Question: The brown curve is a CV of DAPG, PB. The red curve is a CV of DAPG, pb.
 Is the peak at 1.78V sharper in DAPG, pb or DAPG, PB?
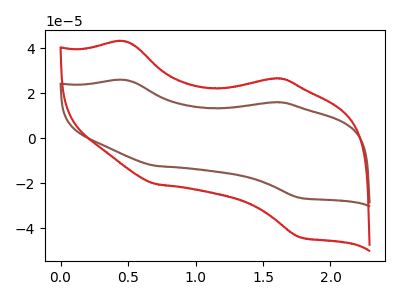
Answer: <think>The brown curve "DAPG, PB" has anodic peaks at (0.50V, 25.85uA) (1.55V, 15.95uA) and cathodic peaks at (0.70V, -12.25uA) (1.80V, -26.40uA). The red curve "DAPG, pb" has anodic peaks at (0.50V, 43.00uA) (1.55V, 26.55uA) and cathodic peaks at (0.70V, -20.35uA) (1.80V, -43.85uA).</think>
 <answer>The peak at 1.78V is higher in "DAPG, pb" than in "DAPG, PB".</answer>
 <eval>higher</eval>